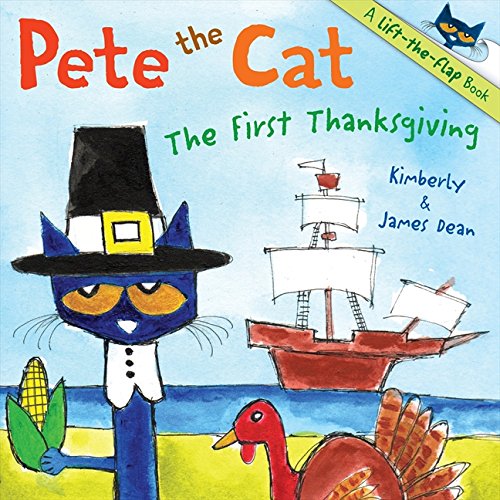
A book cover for Pete the Cat: The First Thanksgiving; James Dean; Children's Books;